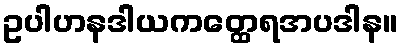
ဥပါဟနဒါယကတ္ထေရအပဒါန။